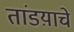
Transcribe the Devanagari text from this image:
तांडय़ाचे